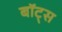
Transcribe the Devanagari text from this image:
बॉट्स